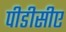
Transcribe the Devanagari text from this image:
पीडीसीए